Investigations into the jail dietaries of the United Provinces with some observations on the influence of dietary on the physical development and well-being of the people of the United Provinces - Number 48
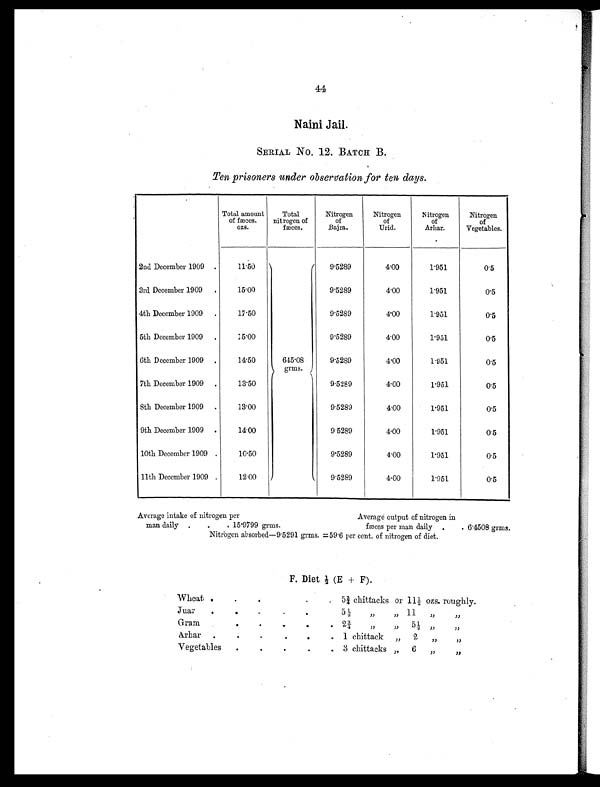
44
Naini Jail.
SERIAL No. 12. BATCH B.
Ten prisoners under observation for ten days.
Total amount
of fæces.
ozs.
Total
nitrogen of
fæces.
Nitrogen
of
Bajra.
Nitrogen
of
Urid.
Nitrogen
of
Arhar.
Nitrogen
of
Vegetables.
2nd December 1909 .
11.50
645.08
grms.
9.5289
4.00
1.951
0.5
3rd December 1909 .
15.00
9.5289
4.00
1.951
0.5
4th December 1909 .
17.50
9.5289
4.00
1.951
0.5
5th December 1909 .
15.00
9.5289
4.00
1.951
0.5
6th December 1909 .
14.50
9.5289
4.00
1.951
0.5
7th December 1909 .
13.50
9.5289
4.00
1.951
0.5
8th December 1909 .
13.00
9.5289
4.00
1.951
0.5
9th December 1909 .
14.00
9.5289
4.00
1.951
0.5
10th December 1909 .
10.50
9.5289
4.00
1.951
0.5
11th December 1909 .
12.00
9.5289
4.00
1.951
0.5
Average intake of nitrogen per
Average output of nitrogen in
man daily
.
.
. 15.9799 grms.
fæces per man daily .
. 6.4508 grms.
Nitrogen absorbed—9.5291 grms. =59.6 per cent. of nitrogen of diet.
F . D i e t ½ ( E + F ) .
Wheat .
. .
. .
. 5¾ chittacks or 11½ ozs. roughly.
Juar
.
.
.
.
.
5½
„ „ 11 „
„
Gram
.
.
.
.
.
. 2¾
„ „
5½ „
„
A r h a r
.
.
.
.
.
. 1 chittack „
2
„
„
Vegetables
.
.
.
.
. 3 chittacks „ 6
„
„